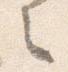
之